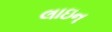
લાઇન